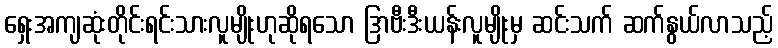
ရှေးအကျဆုံးတိုင်းရင်းသားလူမျိုးဟုဆိုရသော ဒြာဗီးဒီးယန်းလူမျိုးမှ ဆင်းသက် ဆက်နွယ်လာသည့်